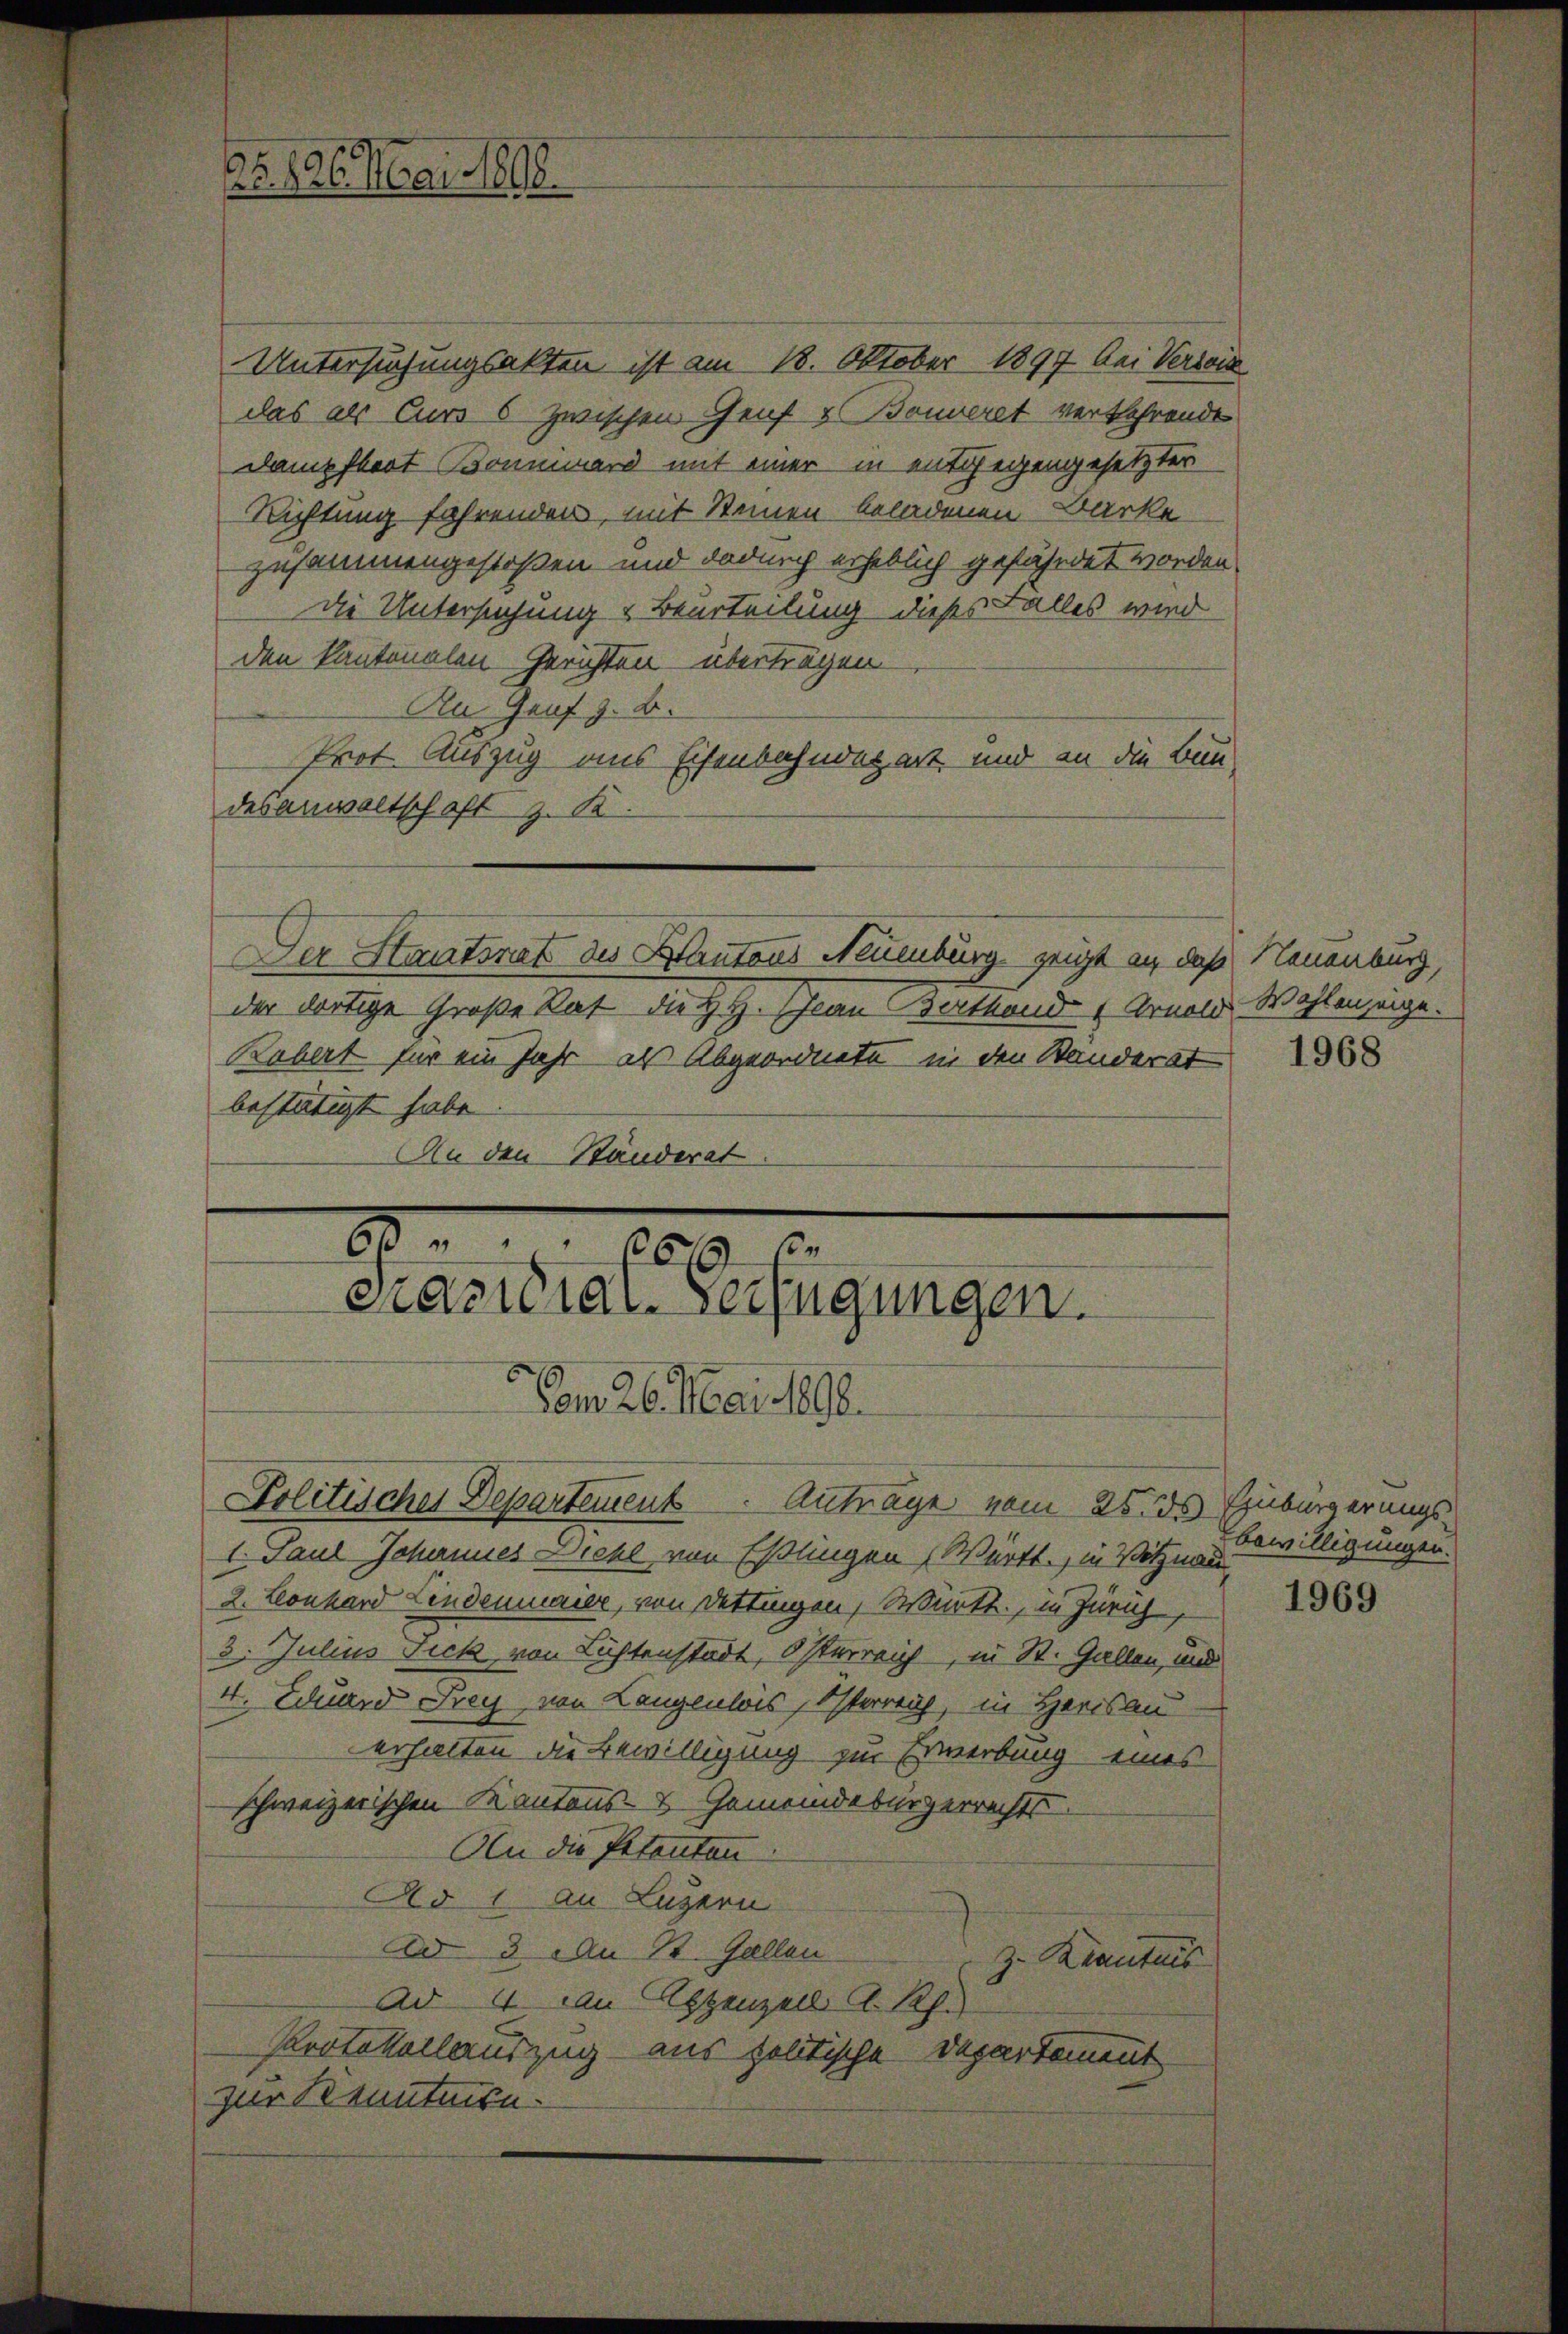
No. 126. Mai 1898.

Untersuchungsakten ist am 18. Oktober 1897 bei Versi
das als Curs 6 zwischen Genf v. Bonveret verkehrende
Dampfboot Bonniward mit einer in entgegengesetzter
Richtung fahrenden, mit Steinen beladenen Barke
zusammengestoßen und dadurch erheblich gefährdet worden.
Die Untersuchung & Beurteilung dieses Falles wird
den Kantonalen Gerichten überträgen
An Genf z. B.
Prot. Auszug aus Eisenbahndepart und an die Bau-
desanwaltschaft z. K.
Der Staatsrat des Kantons Naumburg zeigt an daß Neuenburg,
der dortige Große Rat die Hy. Jean Barthand 1 Arnold Wohlenzeige.
Robert für ein Jahr als Abgeordnete in den Standerst
bestätigt habe.
An den Ständerat

Politicher Departement Anträge vom 25. ds Einbürgerungs-
I. Paul Johannes Dichl von Eßlingen Württ., in Vitznau
2. Leonhard Lindenmaier, von Dettingen, Württ., in Zürich
3. Julius Fick von Lichtenstadt, Osterreich, in St. Gallen, und
4. Eduard Frey, von Langenlois, Osterreich, in Herisau
erhalten die Bewilligung zur Erwerbung eines
schweizerischen Kantons- & Gemeindebürgerrechts
An die Petentan
Ad 1 an Luzern
Ad 3. An St. Gallen
z. Kenntnis
Ad 4. An Eppenzell A.Rh.
Protokollauszug aus politische Departement
zur Kenntnisn

88
669 f
Präsidial-Verfügungen.
Vom 26. Mai 1890.

1968

Bewilligungen.

1969